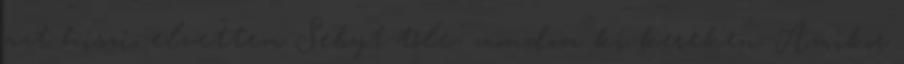
azt hiszi, elvettem Sebyt tőle- mondom ki kereken. Amikor